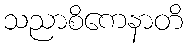
သညာစိကေနာတိ